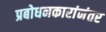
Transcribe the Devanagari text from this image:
प्रबोधनकारांनंतर